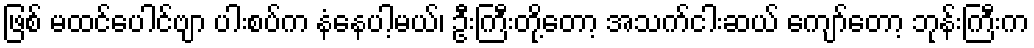
ဖြစ် မထင်ပေါင်ဗျာ ပါးစပ်က နံနေပါ့မယ်၊ ဦးကြီးတို့တော့ အသက်ငါးဆယ် ကျော်တော့ ဘုန်းကြီးက